Vaccination in Bombay 1869-1873 - 1869-1873
Year: 1869
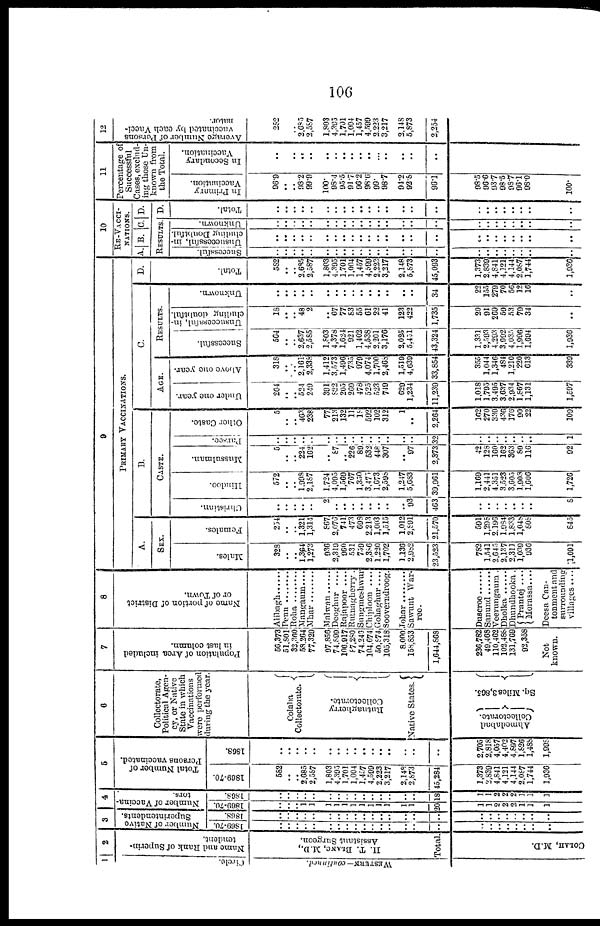
106
1
Circle.
WESTERN— Continued.
2
Name and Rank of Superin-
tendent.
H. T. BLANC, M.D.,
Assistant Surgeon.
Total.
COLAH, M.D.
3
Nu mb e r of Nat i
ve
Supe r
inte nde nts .
1869-70.
..
..
..
..
..
..
..
..
..
..
..
..
..
..
..
..
..
..
..
..
..
..
..
..
1868.
..
..
..
..
..
..
..
..
..
..
..
..
..
..
..
..
..
..
..
..
..
..
..
..
4
Number of Vaccina-
tors.
1869-70.
..
..
..
1
1
1
1
1
1
1
1
1
1
1
1
20
1
1
2
2
2
1
1
1
1868.
..
..
..
..
..
..
..
..
..
..
..
..
..
..
..
18
1
1
2
2
2
1
1
1
5
Total Number of
Persons vaccinated.
1869-70.
582
..
..
2,685
2,587
1,803
4,395
1,701
1,004
1,457
4,599
2,223
3,217
2,148
2,873
45,284
1,373
2,839
4,841
4,121
4,144
2,087
1,744
1,936
1868.
..
..
..
..
..
..
..
..
..
..
..
..
..
..
..
..
2,705
2,818
4,057
4,402
4,897
1,826
1,488
1,998
6
Collectorate,
Political Agen-
cy, or Native
State in which
Vaccinations
were performed
during the year.
Colaba
Collectorate.
Rutnagherry
Collectorate.
Native States.
Ahmedabad
Collectorate.
Sq. Miles 3,865.
7
Population of Area included
in last column.
56,373
51,801
32,360
58,264
77,329
97,856
74,899
106,917
87,280
74,246
104,674
50,874
105,318
8,000
158,853
1,644,868
236,782
49,468
110,462
102,488
131,769
92,358
Not
known.
8
Name of portion of District
or of Town.
Alibagh......
Penn
Roha
Mangaum....
Mhar
Malwan
Deoghur
Rajapoor
Rutnagherry .
Sungmeshwur
Chiploon ....
Gohaghur ....
Sooverndroog.
Johar
Sawunt War¬
ree.
Duscroe
Sanund
Veerungaum.
Dholka
Dhundhooka.
Prantej ....
Morassa....
Deesa Can-
tonment and
surrounding
villages....
9
PRIMARY VACCINATIONS.
A.
SEX.
Males.
328
..
.. 1,364
1,273
936
2,319
960
531
759
2,386
1,220
1,702
1,136
2,982
23,523
782
1,541
2,645
2,137
2,311
1,039
936
1,091
Females.
254
..
.. 1,321
1,314
867
2,076
741
473
698
2,213
1,003
1,515
1,012
2,891
21,570
591
1,298
2,196
1,984
1,833
1,048
808
845
B.
CASTE.
Christian.
..
..
..
..
..
2
..
..
..
..
..
..
..
..
93
463
..
..
..
..
..
..
..
8
Hindoo.
572
..
.. 1,998
2,187
1,724
4,095
1,569
767
1,350
3,475
1,673
2,598
1,247
5,683
39,961
1,169
2,441
4,351
3,523
3,605
1,903
1,606
1,726
Mussulman.
5
..
.. 224
162
..
87
.. 226
89
532
448
307
..
97
2,373
42
128
160
162
363
89
116
92
Parsee.
..
..
..
..
..
..
..
..
..
..
..
..
..
..
..
32
..
..
..
..
..
..
..
1
Other Caste.
5
..
.. 463
238
77
213
132
11
18
592
102
312
1
..
2,264
162
270
330
436
176
90
22
109
C.
AGE.
Under one year.
264
..
.. 524
249
391
822
205
269
478
525
523
749
629
1,234
11,239
1,018
1,795
3,495
3,637
2,934
1,867
1,131
1,597
Above one year.
318
..
.. 2,161
2,338
1,412
3,573
1,496
735
979
4,074
1,700
2,468
1,519
4,639
33,854
355
1,044
1,346
484
1,210
220
613
339
RESULTS.
Successful.
564
..
.. 2,637
2,585
1,803
4,378
1,624
921
1,402
4,538
2,201
3,176
2,025
5,451
43,324
1,331
2,593
4,293
3,992
4,035
1,996
1,694
1,936
Unsuccessful, in-
cluding doubtful.
18
..
.. 48
2
..
67
77
83
55
61
22
41
123
422
1,735
20
91
269
59
53
79
34
..
Unknown.
..
..
..
..
..
..
..
..
..
..
..
..
..
..
..
34
22
155 279
70
56
12
16
..
D.
Total.
582
..
.. 2,685
2,587
1,803
4,395 1,701
1,004
1,457
4,599
2,223
3,217
2,148
5,873
45,093
1,373
2,839 4,841
4,121 4,144
2,087 1,744
1,936
10
RE-VACCI-
NATIONS.
A. B. C.
RESULTS.
Successful.
..
..
..
..
..
..
..
..
..
..
..
..
..
..
..
..
..
..
..
..
..
..
..
..
Unsuccessful, in-
cluding Doubtful.
..
..
..
..
..
..
..
..
..
..
..
..
..
..
..
..
..
..
..
..
..
..
..
..
Unknown.
..
..
..
..
..
..
..
..
..
..
..
..
..
..
..
..
..
..
..
..
..
..
..
..
D.
D.
Total.
..
..
..
..
..
..
..
..
..
..
..
..
..
..
..
..
..
..
..
..
..
..
..
..
11
Percentage of
Successful
Cases, exclud-
ing those Un-
known from
the Total.
In Primary
Vaccination.
96.9
..
.. 98.2
99.9
100.
98.4
95.5
91.7
96.2
98.6
99.
98.7
94.2
92.8
96.1
98.5
96.6
93.7
98.5
98.7
96.1
98.0
100.
In Secondary
Vaccination.
..
.. ..
..
..
..
.. ..
.. ..
..
..
..
..
..
..
12
Average Number of Persons
vaccinated by each Vacci-
nator.
282
..
.. 2,685
2,587
1,803
4,395
1,701
1,004
1,457
4,599 2,223
3,217
2,148
5,873
2,254